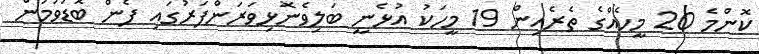
ކޮންމެ 20 މީހެއްގެ ތެރެއިން 19 މީހަކު އުޅެނީ ބަލިވެނޮޅިވަރަންފަރުގައި ފެން ބޮޑުވުމުން